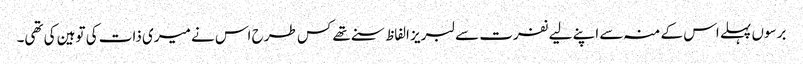
برسوں پہلے اس کے منہ سے اپنے لیے نفرت سے لبریز الفاظ سنے تھے کس طرح اس نے میری ذات کی توہین کی تھی۔